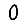
Digit: 0